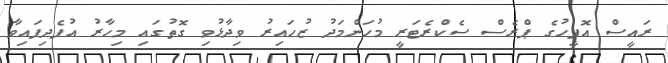
ރައީސް އޮފީހުގެ ޕްރެސް ސެކްރެޓަރީ މުހަންމަދު ޒުހައިރު ވިދާޅުވި ގޮތުގައި މިހާރު އުފެދިފައިވާ